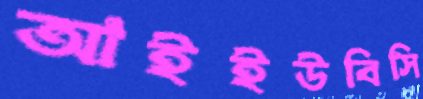
আইইউবিসি